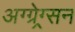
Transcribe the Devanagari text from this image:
अग्ग्रेग्र्सन